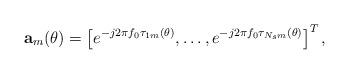
LaTeX: \begin{align*} \textbf{a}_m(\theta) = \left[e^{-j2\pi f_0\tau_{1m}(\theta)},\ldots,e^{-j2\pi f_0\tau_{N_sm}(\theta)} \right]^T,\end{align*}